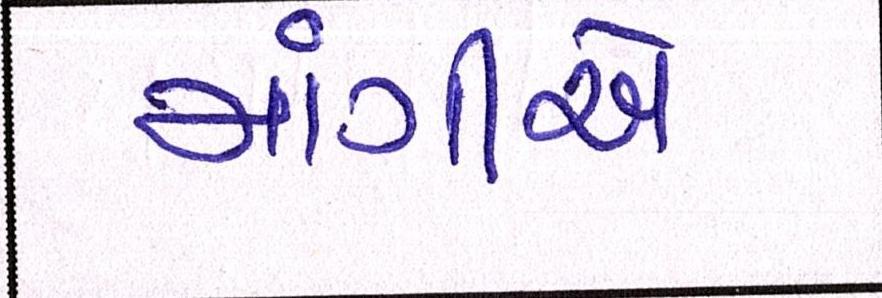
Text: માંગીએ